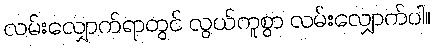
လမ်းလျှောက်ရာတွင် လွယ်ကူစွာ လမ်းလျှောက်ပါ။